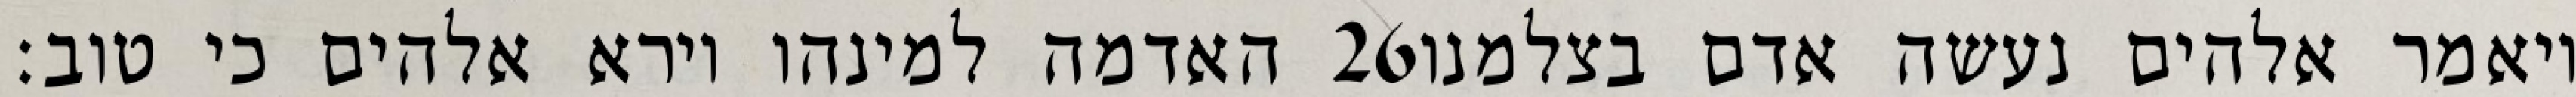
האדמה למינהו וירא אלהים כי טוב׃ ‎26‏ ויאמר אלהים נעשה אדם בצלמנו